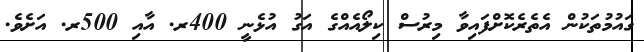
ގައުމުތަކުން އެތެރެކޮށްފައިވާ މިރުސް ކިލޯއެއްގެ އަގު އުޅެނީ 400ރ. އާއި 500ރ. އަށެވެ.